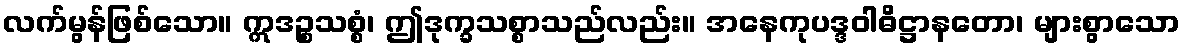
လက်မွန်ဖြစ်သော။ ဣဒဉ္စသစ္စံ၊ ဤဒုက္ခသစ္စာသည်လည်း။ အနေကုပဒ္ဒဝါဓိဋ္ဌာနတော၊ များစွာသော